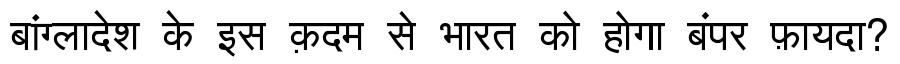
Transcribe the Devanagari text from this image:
बांग्लादेश के इस क़दम से भारत को होगा बंपर फ़ायदा?